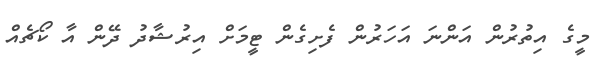
މީގެ އިތުރުން އަންނަ އަހަރުން ފެށިގެން ޓީމަށް އިރުޝާދު ދޭން އާ ކޯޗެއް